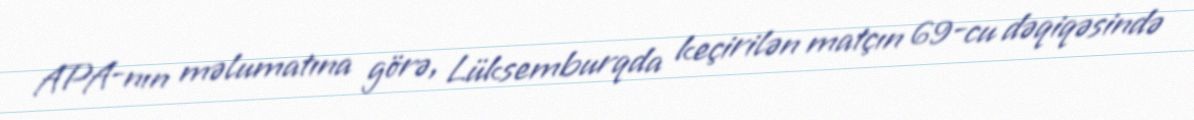
APA-nın məlumatına görə, Lüksemburqda keçirilən matçın 69-cu dəqiqəsində